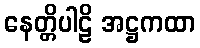
နေတ္တိပါဠိ အဋ္ဌကထာ